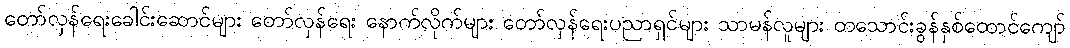
တော်လှန်ရေးခေါင်းဆောင်များ တော်လှန်ရေး နောက်လိုက်များ တော်လှန်ရေးပညာရှင်များ သာမန်လူများ တသောင်းခွန်နှစ်ထောင်ကျော်